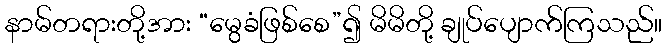
နာမ်တရားတို့အား “မွေခံဖြစ်စေ”၍ မိမိတို့ ချုပ်ပျောက်ကြသည်။